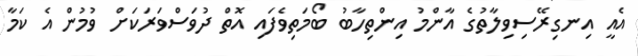
އެއީ އިނގިރޭސިވިލާތުގެ އާންމު އިންތިހާބު ބޯމަތިވެފައި އޮތް ދުވަސްވަރަކަށް ވުމުން އެ ކަމާ